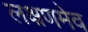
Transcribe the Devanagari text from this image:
लक्षणमेव